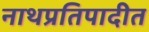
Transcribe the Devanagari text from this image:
नाथप्रतिपादीत